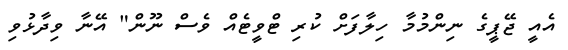
އެއީ ޖޭޕީގެ ނިންމުމާ ހިލާފަށް ކުރި ޓްވީޓެއް ވެސް ނޫން" އޭނާ ވިދާޅުވި